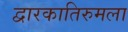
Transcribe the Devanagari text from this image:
द्वारकातिरुमला